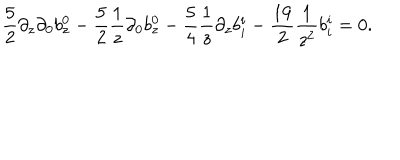
{ \frac { 5 } { 2 } } \partial _ { z } \partial _ { 0 } b _ { z } ^ { 0 } - { \frac { 5 } { 2 } } { \frac { 1 } { z } } \partial _ { 0 } b _ { z } ^ { 0 } - { \frac { 5 } { 4 } } { \frac { 1 } { z } } \partial _ { z } b _ { i } ^ { i } - { \frac { 1 9 } { 2 } } { \frac { 1 } { z ^ { 2 } } } b _ { i } ^ { i } = 0 .